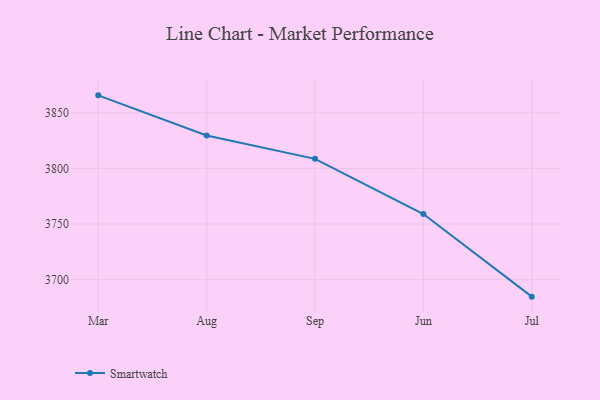
{"axis": {"x": "Month", "y": "Budget (USD K)"}, "legend": ["Smartwatch"], "data": [{"x": "Mar", "y": 3865.7, "type": "Smartwatch"}, {"x": "Aug", "y": 3829.6, "type": "Smartwatch"}, {"x": "Sep", "y": 3808.6, "type": "Smartwatch"}, {"x": "Jun", "y": 3759.0, "type": "Smartwatch"}, {"x": "Jul", "y": 3684.7, "type": "Smartwatch"}]}